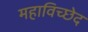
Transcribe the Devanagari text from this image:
महाविच्छेद